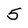
Character: 5